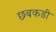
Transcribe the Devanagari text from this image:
छबकडी